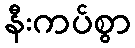
နီးကပ်စွာ